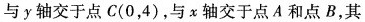
与y轴交于点C(0，4)，与x轴交于点A和点B，其